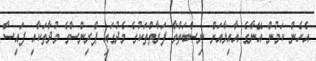
އެހެން ކަމުން އޭނާގެ އާއިލާއަށް ނިސްބަތްވާ ފަރާތްތަކުގެ މެދުގައި ޕްރިންސްގެ މުދާތަކާއި ފައިސާ